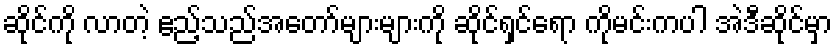
ဆိုင်ကို လာတဲ့ ဧည့်သည်အတော်များများကို ဆိုင်ရှင်ရော ကိုမင်းကပါ အဲဒီဆိုင်မှာ